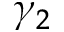
\gamma _ { 2 }